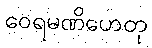
ဝေရမဏိဟေတု